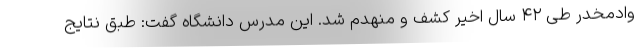
وادمخدر طی ۴۲ سال اخیر کشف و منهدم شد. این مدرس دانشگاه گفت: طبق نتایج